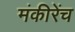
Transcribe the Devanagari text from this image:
मंकीरेंच